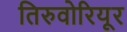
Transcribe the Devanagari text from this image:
तिरुवोरियूर